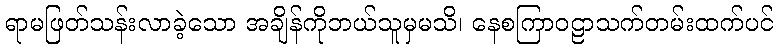
ရာမဖြတ်သန်းလာခဲ့သော အချိန်ကိုဘယ်သူမှမသိ၊ နေစကြာဝဠာသက်တမ်းထက်ပင်